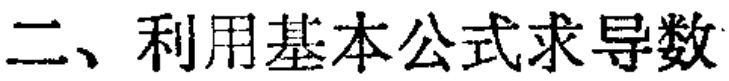
二、利用基本公式求导数